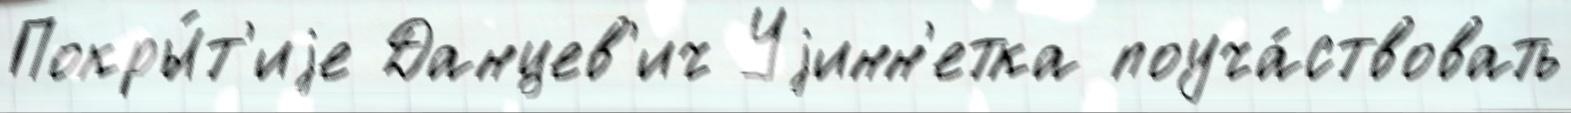
Покры́т'иjе Данцев'ич Уjинн'етка поуча́ствовать